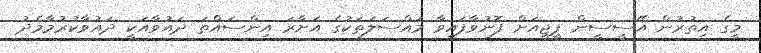
މީގެ އިތުރުން އޭސީސީން ޕީޖީއަށް ފޮނުވާފައިވާ މައްސަލަތަކުގެ އަށާރަ އިންސައްތަ ދައުވާއަކީ ދައުވާކުރުމާމެދު